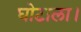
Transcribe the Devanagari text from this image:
घोटाला।